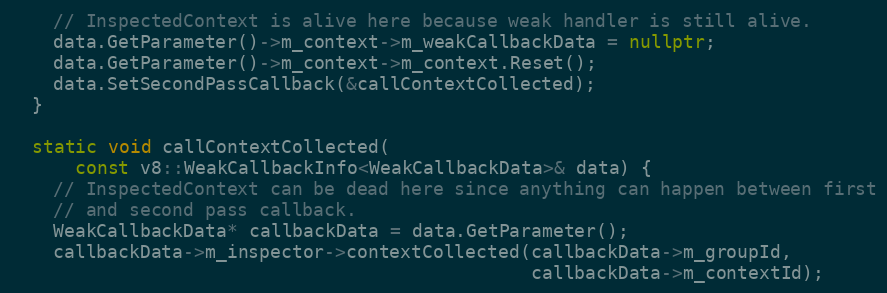
Language: C++
    // InspectedContext is alive here because weak handler is still alive.
    data.GetParameter()->m_context->m_weakCallbackData = nullptr;
    data.GetParameter()->m_context->m_context.Reset();
    data.SetSecondPassCallback(&callContextCollected);
  }

  static void callContextCollected(
      const v8::WeakCallbackInfo<WeakCallbackData>& data) {
    // InspectedContext can be dead here since anything can happen between first
    // and second pass callback.
    WeakCallbackData* callbackData = data.GetParameter();
    callbackData->m_inspector->contextCollected(callbackData->m_groupId,
                                                callbackData->m_contextId);